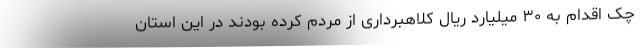
چک اقدام به ۳۰ میلیارد ریال کلاهبرداری از مردم کرده بودند در این استان